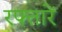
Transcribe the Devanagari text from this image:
रफ्तारें